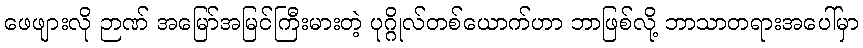
ဖေဖျားလို ဉာဏ် အမြော်အမြင်ကြီးမားတဲ့ ပုဂ္ဂိုလ်တစ်ယောက်ဟာ ဘာဖြစ်လို့ ဘာသာတရားအပေါ်မှာ